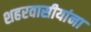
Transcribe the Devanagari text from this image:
शहरवासीयांना